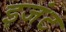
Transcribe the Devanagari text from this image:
इजंट